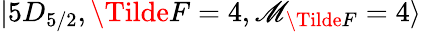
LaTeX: \lvert5D_{5/2},\Tilde{F}=4,\mathscr{M}_{\Tilde{F}}=4\rangle